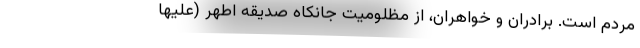
مردم است. برادران و خواهران، از مظلومیت جانکاه صدیقه اطهر (علیها